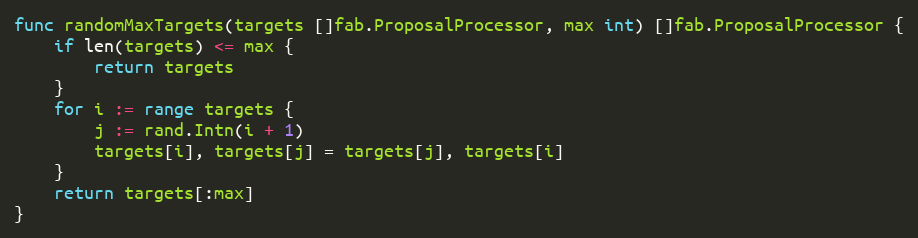
Language: Go
func randomMaxTargets(targets []fab.ProposalProcessor, max int) []fab.ProposalProcessor {
	if len(targets) <= max {
		return targets
	}
	for i := range targets {
		j := rand.Intn(i + 1)
		targets[i], targets[j] = targets[j], targets[i]
	}
	return targets[:max]
}